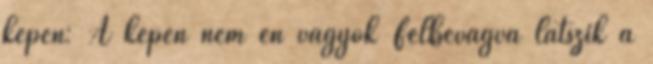
képen: A képen nem én vagyok Félbevágva látszik a